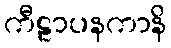
ကီဠာပနကာနိ